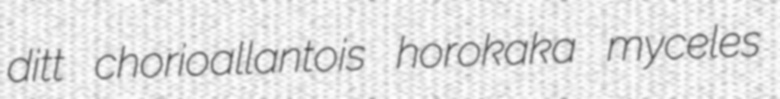
ditt chorioallantois horokaka myceles